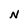
Character: N